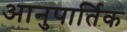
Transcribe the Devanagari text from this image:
आनुपार्तिक